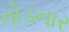
તોડનાર